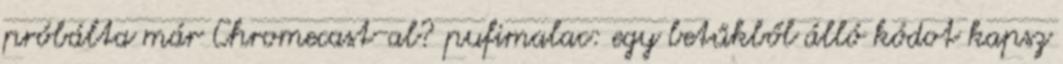
próbálta már Chromecast-al? pufimalac: egy betűkből álló kódot kapsz